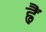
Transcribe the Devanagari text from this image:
ह्वैं